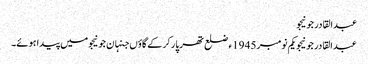
عبدالقادر جونیجو
عبدالقادر جونیجو یکم نومبر 1945ء ضلع تھرپارکر کے گاؤں جنہان جونیجو میں پیدا ہوئے۔